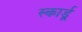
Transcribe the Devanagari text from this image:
स्कार्डू